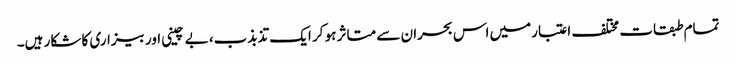
تمام طبقات مختلف اعتبارمیں اس بحران سے متاثر ہو کر ایک تذبذب، بے چینی اور بیزاری کا شکار ہیں۔